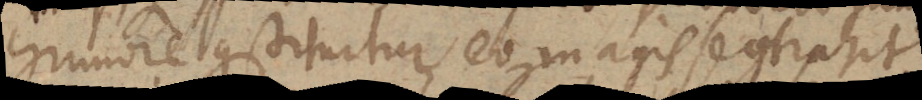
humore constituitur, eo magis se contrahit